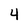
Character: 4